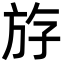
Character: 斿